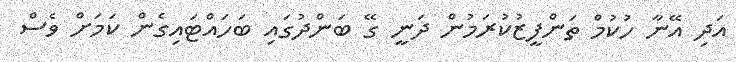
އަދި އޭނާ ހުކުމް ތަންފީޒުކުރަމުން ދަނީ ގޭ ބަންދުގައި ބަހައްޓައިގެން ކަމަށް ވެސް